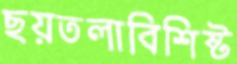
ছয়তলাবিশিষ্ট